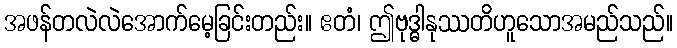
အဖန်တလဲလဲအောက်မေ့ခြင်းတည်း။ ဧတံ၊ ဤဗုဒ္ဓါနုဿတိဟူသောအမည်သည်။